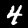
Label: 4